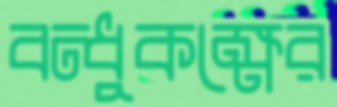
বন্ধুকক্ষের